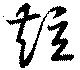
短